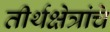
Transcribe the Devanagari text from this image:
तीर्थक्षेत्रांचे